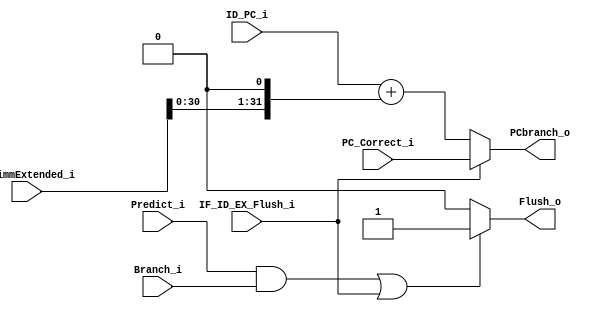
module Branch_Unit(
    Branch_i,
    Predict_i,  
    ID_PC_i, 
    ID_immExtended_i,
    IF_ID_EX_Flush_i, 
    PC_Correct_i,
    
    Flush_o, 
    PCbranch_o
);

input Predict_i;
input Branch_i;
input [31:0] ID_PC_i;
input [31:0] ID_immExtended_i;
input IF_ID_EX_Flush_i; 
input [31:0] PC_Correct_i;
output Flush_o;
output [31:0] PCbranch_o;

assign PCbranch_o = IF_ID_EX_Flush_i ? PC_Correct_i : (ID_PC_i + (ID_immExtended_i << 1));
assign Flush_o = ((Predict_i && Branch_i) || IF_ID_EX_Flush_i ) ? 1 : 0;

endmodule